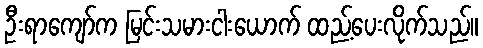
ဦးရာကျော်က မြင်းသမားငါးယောက် ထည့်ပေးလိုက်သည်။